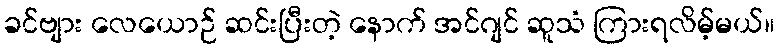
ခင်ဗျား လေယောဉ် ဆင်းပြီးတဲ့ နောက် အင်ဂျင် ဆူသံ ကြားရလိမ့်မယ်။